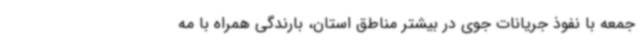
جمعه با نفوذ جریانات جوی در بیشتر مناطق استان، بارندگی همراه با مه